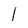
Character: 1